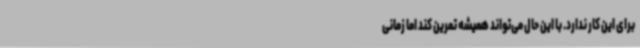
برای این کار ندارد. با این حال می‌تواند همیشه تمرین کند اما زمانی